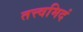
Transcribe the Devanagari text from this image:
तत्त्वमिदं